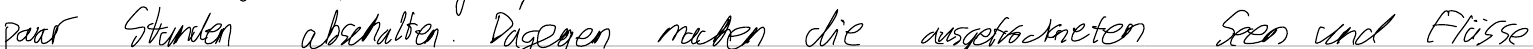
paar Stunden abschalten. Dagegen machen die ausgetrockneten Seen und Flüsse